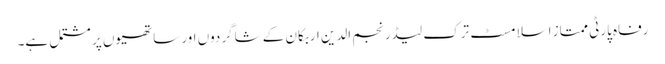
رفاہ پارٹی ممتاز اسلامسٹ ترک لیڈر نجم الدین اربکان کے شاگردوں اور ساتھیوں پر مشتمل ہے۔